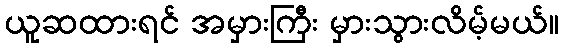
ယူဆထားရင် အမှားကြီး မှားသွားလိမ့်မယ်။